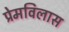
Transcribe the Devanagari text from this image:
प्रेमविलास